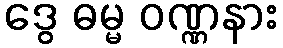
ဒွေ ဓမ္မ ဝဏ္ဏနား